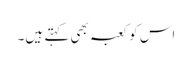
اس کو کعبہ بھی کہتے ہیں۔